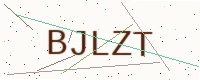
Text: BJLZT